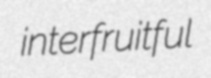
interfruitful